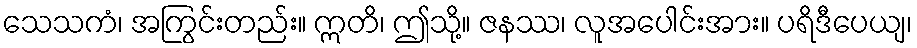
သေသကံ၊ အကြွင်းတည်း။ ဣတိ၊ ဤသို့။ ဇနဿ၊ လူအပေါင်းအား။ ပရိဒီပေယျ၊